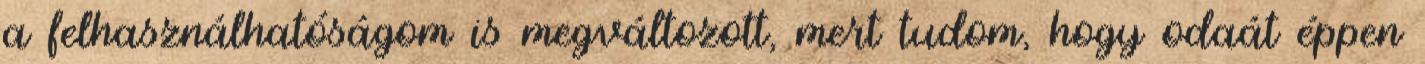
a felhasználhatóságom is megváltozott, mert tudom, hogy odaát éppen